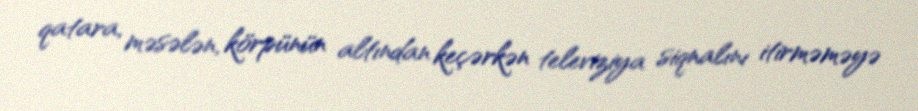
qatara, məsələn, körpünün altından keçərkən televiziya siqnalını itirməməyə